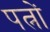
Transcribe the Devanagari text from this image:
पत्नों